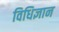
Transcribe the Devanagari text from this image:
विधिज्ञान